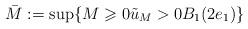
LaTeX: \begin{align*}\bar M := \sup \{ M \geqslant 0 \tilde u_M >0 B_1 (2e_1)\}\end{align*}